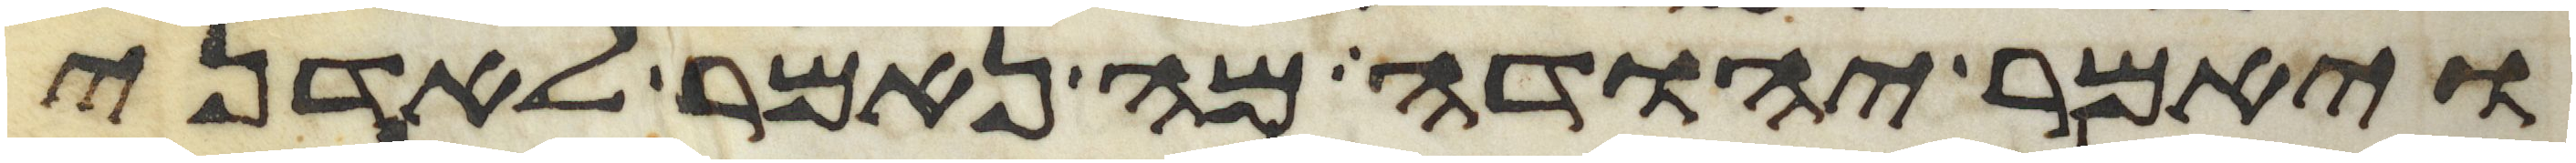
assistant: ויאמר יהודה מה נאמר לאדני